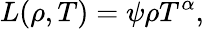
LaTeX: L(\rho,T)=\psi\rho T^{\alpha},